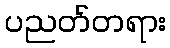
ပညတ်တရား